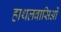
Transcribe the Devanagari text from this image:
हाथलवासिओं